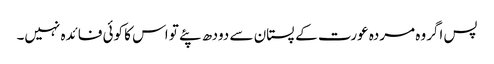
پس اگروہ مردہ عورت کے پستان سے دودھ پئے تو اس کا کوئی فائدہ نہیں۔